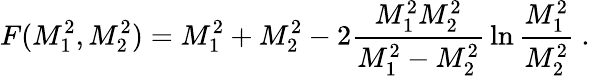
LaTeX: F(M_{1}^{2},M_{2}^{2})=M_{1}^{2}+M_{2}^{2}-2{\frac{M_{1}^{2}M_{2}^{2}}{M_{1}^{2}-M_{2}^{2}}}\ln{\frac{M_{1}^{2}}{M_{2}^{2}}}\ .